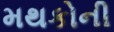
મથકોની